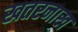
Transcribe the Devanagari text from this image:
खतरनाख